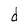
Character: d